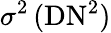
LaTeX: \sigma^{2}\, (\mathrm{DN}^{2})